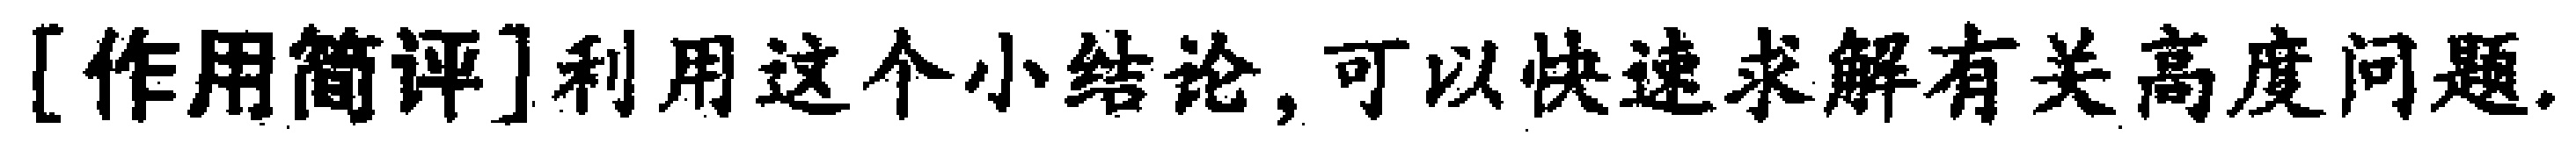
[作用简评]利用这个小结论,可以快速求解有关高度问题.